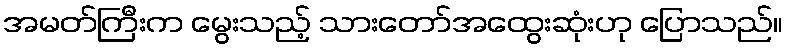
အမတ်ကြီးက မွေးသည့် သားတော်အထွေးဆုံးဟု ပြောသည်။